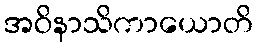
အဝိနာသိကာယောတိ